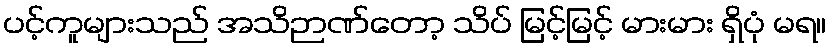
ပင့်ကူများသည် အသိဉာဏ်တော့ သိပ် မြင့်မြင့် မားမား ရှိပုံ မရ။